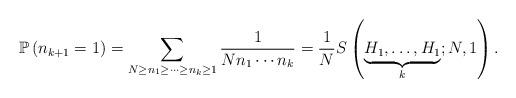
LaTeX: \begin{align*}\mathbb{P}\left(n_{k+1}=1\right)=\sum_{N\geq n_{1}\geq\cdots\geq n_{k}\geq1}\frac{1}{Nn_{1}\cdots n_{k}}=\frac{1}{N}S\left(\underset{k}{\underbrace{H_{1},\ldots,H_{1}}};N,1\right).\end{align*}